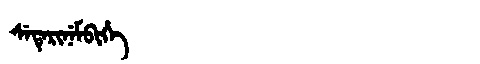
Manchu: ᠰᡝᡨᡝᡵᡳᠨᡝᠮᠪᡳᡥᡝ
Romanization: SETERINEMBIHE